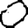
Digit: 0